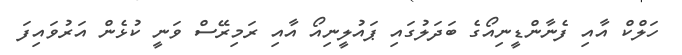
ހަލްކް އާއި ފެނާންޑީނިއޯގެ ބަދަލުގައި ޕައުލީނިއޯ އާއި ރަމިރޭސް ވަނީ ކުޅެން އަރުވައިފަ